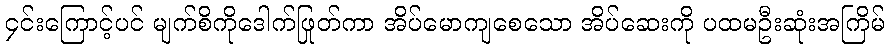
၄င်းကြောင့်ပင် မျက်စိကိုဒေါက်ဖြုတ်ကာ အိပ်မောကျစေသော အိပ်ဆေးကို ပထမဦးဆုံးအကြိမ်